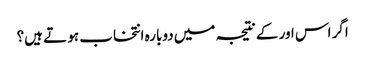
اگر اس اور کے نتیجہ میں دوبارہ انتخاب ہو تے ہیں؟